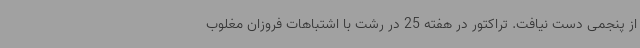
از پنجمی دست نیافت. تراکتور در هفته 25 در رشت با اشتباهات فروزان مغلوب